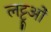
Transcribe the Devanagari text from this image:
लट्टूओं